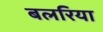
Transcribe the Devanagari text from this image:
बलरिया